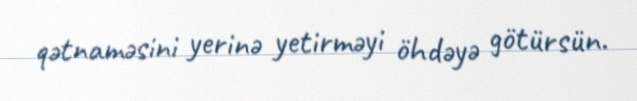
qətnaməsini yerinə yetirməyi öhdəyə götürsün.